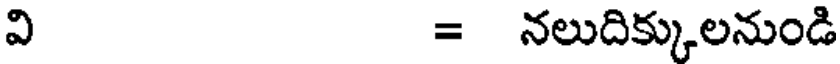
వి = నలుదిక్కులనుండి